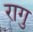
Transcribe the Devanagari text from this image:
रागु